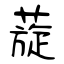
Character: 蔙